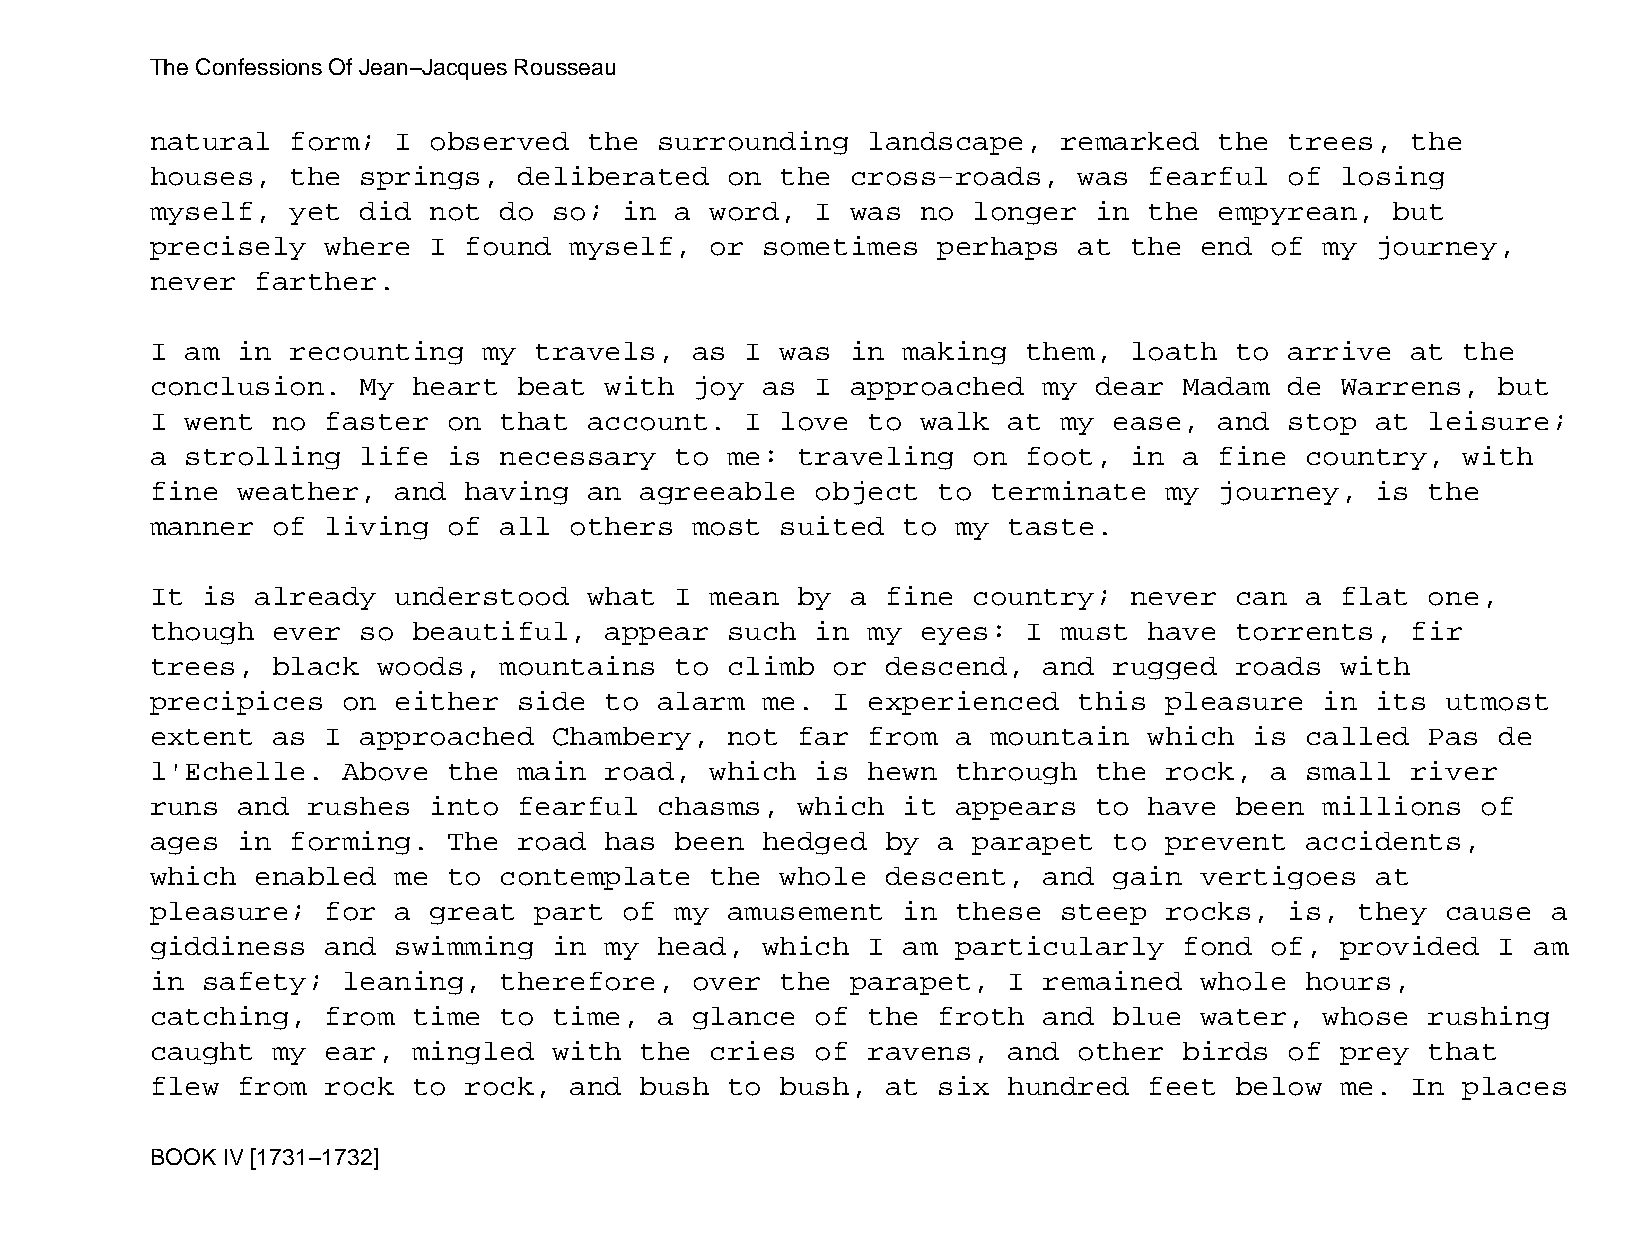
The Confessions Of Jean−Jacques Rousseau
 natural  form;  I observed   the  surrounding  landscape,   remarked   the trees,  the
 houses,  the  springs,  deliberated   on  the cross−roads,   was  fearful  of  losing
 myself,  yet  did not  do  so; in  a word,  I was  no longer  in  the  empyrean,  but
 precisely   where I  found  myself,  or sometimes   perhaps  at  the end  of  my journey,
 never  farther.
 I am  in recounting   my travels,   as I  was in  making  them,  loath  to arrive  at  the
 conclusion.   My heart  beat  with  joy as  I approached   my dear  Madam  de  Warrens,  but
 I went  no  faster  on that  account.  I  love to  walk  at my  ease,  and stop  at  leisure;
 a strolling   life  is necessary   to me:  traveling  on  foot,  in a  fine country,   with
 fine  weather,  and  having  an agreeable   object  to  terminate  my  journey,  is  the
 manner  of  living  of all  others  most  suited  to my  taste.
 It is  already  understood   what  I mean  by a  fine country;   never  can a  flat  one,
 though  ever  so beautiful,   appear  such  in my  eyes:  I must  have  torrents,  fir
 trees,  black  woods,  mountains   to climb  or  descend,  and  rugged  roads  with
 precipices   on either  side  to  alarm me.  I experienced   this  pleasure   in its  utmost
 extent  as  I approached   Chambery,  not  far from  a  mountain  which  is called   Pas de
 l'Echelle.   Above  the main  road,  which  is hewn  through  the  rock,  a small  river
 runs  and rushes  into  fearful   chasms,  which  it appears  to  have  been  millions  of
 ages  in forming.   The road  has  been hedged   by a parapet   to prevent  accidents,
 which  enabled  me  to contemplate   the  whole  descent,  and  gain vertigoes   at
 pleasure;   for a great  part  of  my amusement   in these  steep  rocks,  is,  they  cause  a
 giddiness   and swimming   in my  head, which  I  am particularly   fond  of,  provided  I am
 in safety;   leaning,  therefore,   over  the parapet,   I remained  whole  hours,
 catching,   from time  to  time,  a glance  of the  froth  and  blue water,   whose  rushing
 caught  my  ear, mingled   with the  cries  of ravens,   and other  birds  of  prey  that
 flew  from  rock to  rock,  and bush  to  bush,  at six  hundred  feet  below  me. In  places
 BOOK IV [1731−1732]